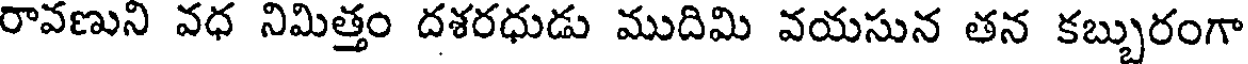
రావణుని వధ నిమిత్తం దశరధుడు ముదిమి వయసున తన కబ్బురంగా